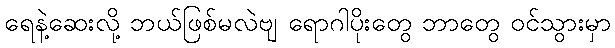
ရေနဲ့ဆေးလို့ ဘယ်ဖြစ်မလဲဗျ ရောဂါပိုးတွေ ဘာတွေ ဝင်သွားမှာ